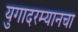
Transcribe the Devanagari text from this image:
युगादरम्यानचा